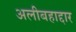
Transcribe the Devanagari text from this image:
अलीबहाद्दार